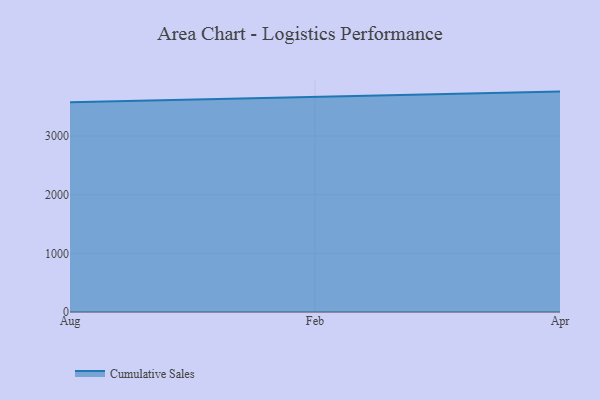
{"axis": {"x": "Month", "y": "Population (Million)"}, "legend": ["Cumulative Sales"], "data": [{"x": "Aug", "y": 3578.2, "type": "Cumulative Sales"}, {"x": "Feb", "y": 3672.8, "type": "Cumulative Sales"}, {"x": "Apr", "y": 3758.2, "type": "Cumulative Sales"}]}